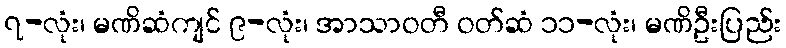
၇-လုံး၊ မဏိဆံကျင် ၉-လုံး၊ အာသာဝတီ ဝတ်ဆံ ၁၁-လုံး၊ မဏိဦးပြည်း